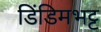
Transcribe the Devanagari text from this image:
डिंडिमभट्ट